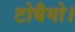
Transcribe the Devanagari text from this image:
टोबैगो।